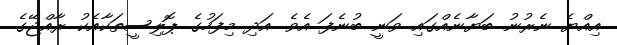
އިއްޔެ ނެރުނު ބަޔާނެއްގައި ވަނީ ބުނެފަ އެވެ. އަދި މިފަހުގެ ޕޮލިސީތަކާއެކު ރާއްޖޭގެ